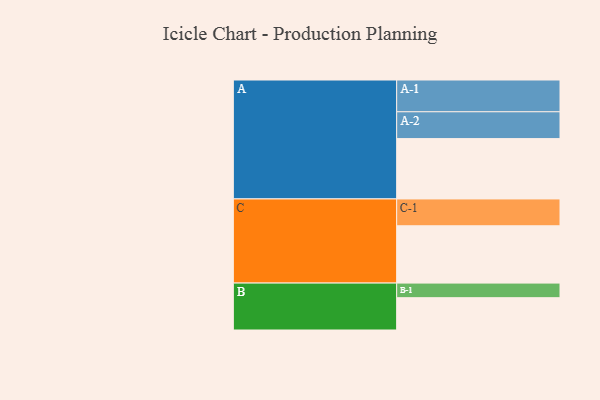
{"axis": {"x": "Segment", "y": "Value"}, "legend": ["", "A", "B", "C"], "data": [{"x": "A", "y": 562, "type": ""}, {"x": "B", "y": 301, "type": ""}, {"x": "C", "y": 534, "type": ""}, {"x": "A-1", "y": 296, "type": "A"}, {"x": "A-2", "y": 250, "type": "A"}, {"x": "B-1", "y": 136, "type": "B"}, {"x": "C-1", "y": 250, "type": "C"}]}